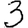
Digit: 3